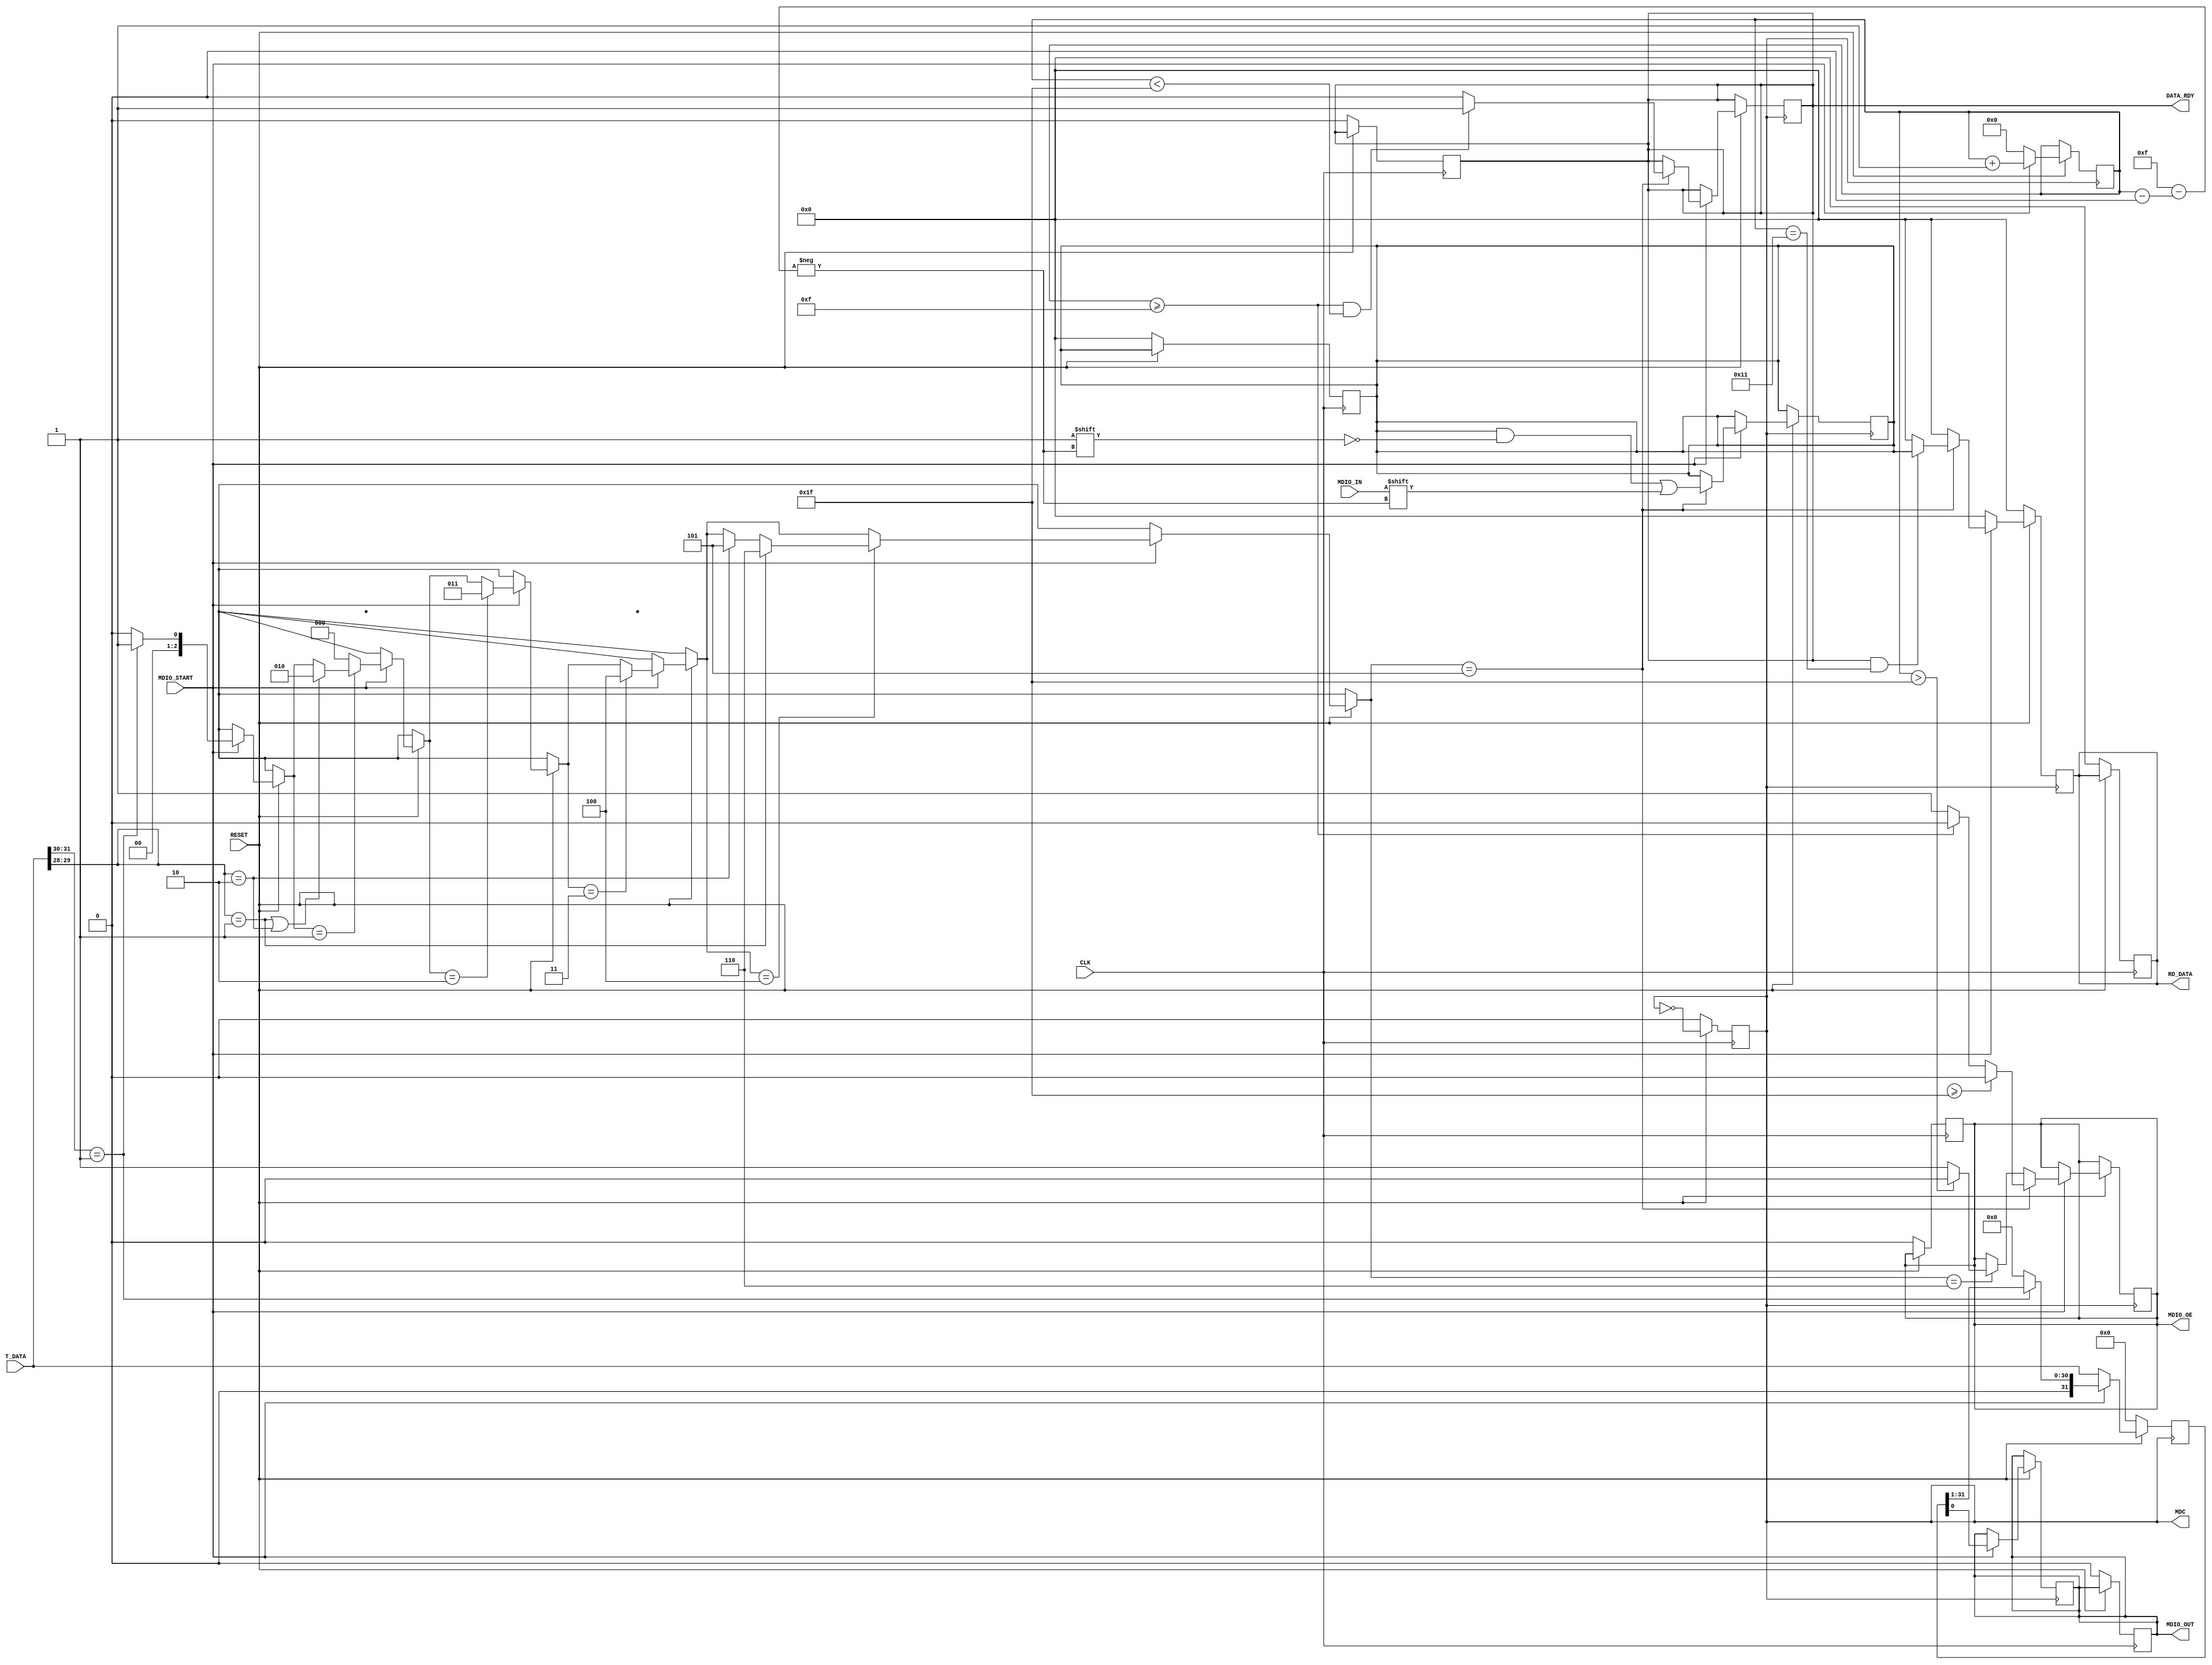
/*=======================================================================
#                                                                        #
#                      Autor: Alejandro Zuniga Perez                     #
#                             MDIO Protocol                              #
#                                                                        #
========================================================================== */
`ifndef MDIO_V
`define MDIO_V
module MDIO(// Outputs
	          MDC,
	          MDIO_OE,
	          MDIO_OUT, 
	          RD_DATA,
	          DATA_RDY,
	          // Inputs
	          MDIO_START,
	          T_DATA,
	          CLK,
	          RESET,
	          MDIO_IN
	          );

  output reg MDC; // Salida de reloj para MDIO
  output reg MDIO_OE; // Habilita MDIO_OUT
  output reg MDIO_OUT; // Salida serial
  output reg [15:0] RD_DATA; // Recibe los datos que vienen del PHY.
  output reg DATA_RDY; // Determina cuando la transaccion se ha ejecutado.

  input CLK; // Reloj
  input RESET; // Reinicio del generador. RESET = 1, todo normal.
  input MDIO_START;// Strobe
  input MDIO_IN;
  input [31:0] T_DATA;

  /* MDIO Communication basic frame format */
  reg [1:0] ST;           // Start of frame. 
  reg [1:0] OP;           // OP CODE 
  reg [4:0] PHY;          // Physical address.
  reg [4:0] REG_ADDRESS;  // Register Address.
  reg [1:0] TA;           // Turnaround time to change.
  /* ===================================== */
  reg [15:0] written;
  reg [15:0] read;
  reg [2:0] next_state; /* Es un registro de 3 bits que
  corresponde a los estados presentes dentro de la 
  transaccion. Se han definido los siguientes:
    ST          = 000
    OP          = 001
    PHY         = 010
    REG_ADDRESS = 011
    TA          = 100
    Lectura     = 101
    Escritura   = 110 */
  reg [31:0] q; 
  reg [0:15] temp;
  reg [4:0] count; // Es un registro que controla la cuenta dentro de la transaccion.
  // Funciona para cuando se necesite leer paralelamente.
  reg [5:0]counter;
  always@(posedge CLK) begin
    // MDC controlado por cada mitad del ciclo de reloj (CLK).
    if (~RESET) begin
      MDC <= 0;
    end else begin
      MDC <= !MDC;
    end
  end

  // MDC es una salida que se prueba en el tester.
  always@(posedge CLK) begin
    // Se declara que si reset es 0, el generador vuelve a un estado
    // de apagado.
    if(!RESET) begin
      MDIO_OE <= 1'b0;
      MDIO_OUT <= 1'b0;
      DATA_RDY <= 1'b0;
      RD_DATA <= 16'h0000;
      temp = 16'h0000;
    end
  end
  
  always@(posedge MDC) begin
    // Se secciona el siguiente estado por cada 
    ST = T_DATA[31:30];
    OP = T_DATA[29:28];
    PHY = T_DATA[27:23];
    REG_ADDRESS = T_DATA[22:18];
    TA = T_DATA[17:16];
    q <= 32'b00000000000000000000000000000000;
    next_state <= 3'b000;
    RD_DATA <= 16'h0000;
    
    $display("counter=%d", counter);
    if (RESET == 1) begin
      // Iniciamos la transaccion.
      counter <= 32'b00000;
      q <= T_DATA;
      
      if (MDIO_START) begin
        counter <= counter+1;
        MDIO_OUT <= q[0];
        q<=q>>1;
        
        // Hemos llegado al primer estado, el cual pregunta por ST.
        if (ST == 01) begin
          // $display("shit");
          next_state = 3'b001;// Estamos ahora en el estado OP ya que 
                              // ST es 01
        end else begin
          next_state = 3'b000;
          q <= 32'b00000000000000000000000000000000;
        end
        // end
        
        if (next_state == 3'b001) begin
          $display("Estamos en OP");
          if (OP == 2'b01 || OP == 2'b10) begin
            // Modo escritura o lectura, pasa al siguiente estado que es PHY ADDRESS.
            $display("OP = %b", OP);
            next_state = 3'b010; // PHYSICAL ADD
          end
        end else begin
          next_state = 3'b000; // Vuelve al estado inicial.
        end
        
        if (next_state == 3'b010) begin
          $display("estamos en phy");
          next_state = 3'b011; // Se continua hacia el estado REG_ADDRESS.
        end 

        if (next_state == 3'b011) begin
          $display("estamos en REG ADD");
          next_state = 3'b100; // Estado REGADRESS. 
        end 

        if (next_state == 3'b100) begin
          // En este punto se ha llegado al estado timearound
          if (OP == 2'b01) begin
            // Entramos en el modo escritura. 
            next_state = 3'b110;
          end else if(OP == 2'b10) begin
            // Se ingresa al modo lectura.
            next_state = 3'b101; 
          end
        end

        if (next_state == 3'b110) begin
          // Modo escritura: en este caso se debe tomar en cuenta el comportamiento
          // de MDIO_OE
          written = T_DATA [15:0];
          MDIO_OE = 1'b1;
          if (counter > 31) begin
            MDIO_OE <= 1'b0;
          end
        end

        if (next_state == 3'b101) begin
          // temp <= RD_DATA>>1;
          read <= T_DATA[15:0];
          $display("Estamos aqui en READING %b", T_DATA);
          MDIO_OE <= 1'b1;     // Se pone en 1 durante los primeros 16 ciclos de la transaccion.
          DATA_RDY <= 1'b0;
          
          if (counter >= 5'b01111) begin
            MDIO_OE <= 1'b0; // Una vez que se pasan los ciclos, la salida MDIO_OE se desactiva.
          end

          if(counter >= 5'b01111 && counter < 5'b11111)begin // 01111 = 15
            DATA_RDY <= 1'b1;
          end 
            
          temp[counter] <= MDIO_IN;
          if (DATA_RDY == 1 && counter==5'b10001) begin
            // RD_DATA <= temp;
            RD_DATA <= temp;
          end

          if (count >= 31) begin
             // Indica que la transaccion se ha realizado exitosamente.
            MDIO_OE <= 1'b0;
            // DATA_RDY <= 1'b0;
          end

        end

       
      end

      
    end

  end
endmodule


`endif

// tmp <= 4b0000;
// 
// else
// 
// tmp <= tmp << 1;
// 
// tmp[0] <= si;